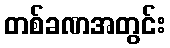
တစ်ခဏအတွင်း